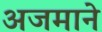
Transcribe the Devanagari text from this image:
अजमाने